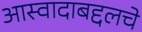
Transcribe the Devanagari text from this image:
आस्वादाबद्दलचे